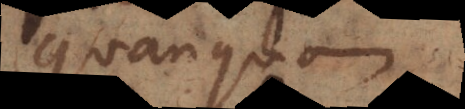
Quanquam